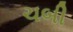
ચબી